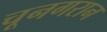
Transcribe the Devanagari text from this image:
चूनगरान